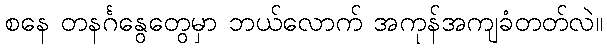
စနေ တနင်္ဂနွေတွေမှာ ဘယ်လောက် အကုန်အကျခံတတ်လဲ။